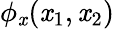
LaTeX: \phi_{\mathit{x}}(\mathit{x}_{1},\mathit{x}_{2})